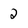
Character: 2